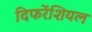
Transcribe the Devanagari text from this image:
दिफरेंशियल